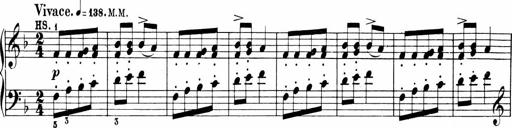
Title: Sonatinen Op.47, 98 und 136, nebst 6 Liedersonatinen
Composer: Carl Reinecke